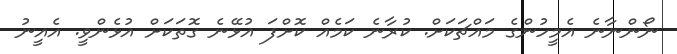
ނޯންނާނެ އެމީހުންގެ މައްޗަކަށް. ކުރާނެ ކަމެއް ކޮށްފަ އުޅޭނެ ގޮތަކަށް އުޅެންވީ. އެއީނު